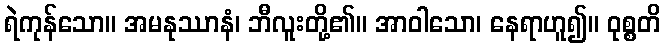
ရဲကုန်သော။ အမနုဿာနံ၊ ဘီလူးတို့၏။ အာဝါသော၊ နေရာဟူ၍။ ဝုစ္စတိ